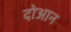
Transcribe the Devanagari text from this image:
दोआन